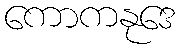
ကောကနုဒေ